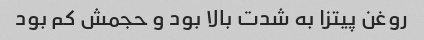
روغن پیتزا به شدت بالا بود و حجمش کم بود